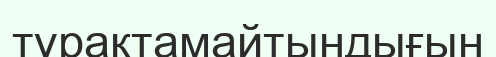
тұрақтамайтындығын